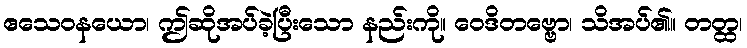
ဧသေဝနယော၊ ဤဆိုအပ်ခဲ့ပြီးသော နည်းကို။ ဝေဒိတဗ္ဗော၊ သိအပ်၏။ တတ္ထ၊